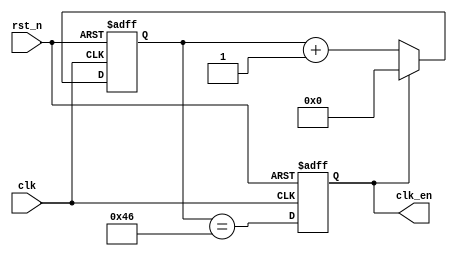
// This program was cloned from: https://github.com/flytt-away/FPGA-Video-Capture
// License: MIT License

//******************************************************************
// Copyright (c) 2014 PANGO MICROSYSTEMS, INC
// ALL RIGHTS REVERVED.
//******************************************************************
`timescale 1ns/1ns
module pgr_clk_gen_32bit
#(
    parameter   CLK_FREQ    = 8'd50
)
(
    input           clk,
    input           rst_n,
    output  reg     clk_en  // divided from baud
);

reg     [15:0] cnt;

localparam CLK_DIV = (CLK_FREQ * 1000000 + 3 * 115200) / (6 * 115200) - 2;

always @(posedge clk or negedge rst_n)
begin
    if(~rst_n)
        cnt <= 16'b0;
    else if(clk_en)
        cnt <= 16'b0;
    else
        cnt <= cnt + 16'b1;
end

always @(posedge clk or negedge rst_n)
begin
    if(~rst_n)
        clk_en <= 1'b0;
    else
        clk_en <= (cnt == CLK_DIV);
end


endmodule //pgr_clk_gen